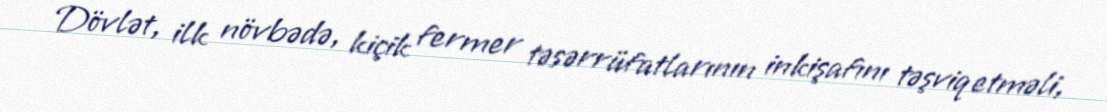
Dövlət, ilk növbədə, kiçik fermer təsərrüfatlarının inkişafını təşviq etməli,